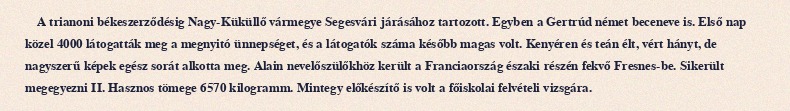
A trianoni békeszerződésig Nagy-Küküllő vármegye Segesvári járásához tartozott. Egyben a Gertrúd német beceneve is. Első nap közel 4000 látogatták meg a megnyitó ünnepséget, és a látogatók száma később magas volt. Kenyéren és teán élt, vért hányt, de nagyszerű képek egész sorát alkotta meg. Alain nevelőszülőkhöz került a Franciaország északi részén fekvő Fresnes-be. Sikerült megegyezni II. Hasznos tömege 6570 kilogramm. Mintegy előkészítő is volt a főiskolai felvételi vizsgára.